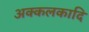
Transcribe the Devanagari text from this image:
अक्कलकादि